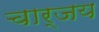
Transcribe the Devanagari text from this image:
चार्जय